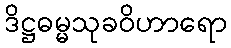
ဒိဋ္ဌဓမ္မသုခဝိဟာရော